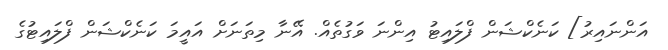
އަންނައިރު] ކަނެކްޝަން ފްލައިޓު އިންނަ ވަގުތެއް. އޭނާ މިތަނަށް އައީމަ ކަނެކްޝަން ފްލައިޓުގެ